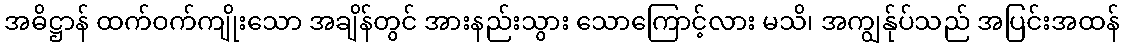
အဓိဋ္ဌာန် ထက်ဝက်ကျိုးသော အချိန်တွင် အားနည်းသွား သောကြောင့်လား မသိ၊ အကျွန်ုပ်သည် အပြင်းအထန်